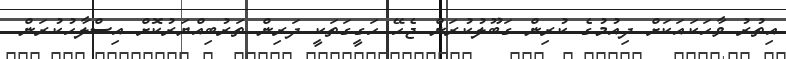
އިތުރު ވާހަކައަކަށް ދިއުމުގެ ކުރިން ގަބޫލުކުރަން ޖެހޭ ހަގީގަތަކީ ދަރިން ތަރުބިއްޔަރުކޮށް އިސްލާހުކުރަން